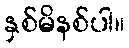
နှစ်မိနစ်ပါ။